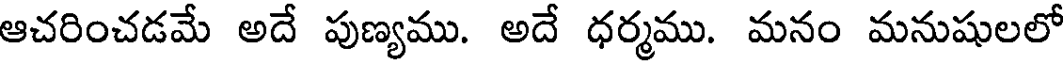
ఆచరించడమే అదే పుణ్యము. అదే ధర్మము. మనం మనుషులలో